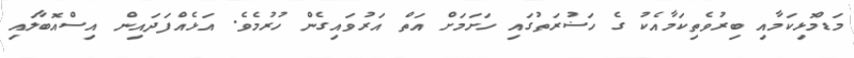
މަޑުމޮޅިކަމާއި ބިރުވެތިކަމާއެކު ގެ ހަޟުރަތުގައި ހަށަމަށް އަތް އަރުވައިގެން ހުރުމެވެ. އަޅެއްފަދައިން އިސްއޮބާލައި